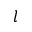
l